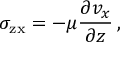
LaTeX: \sigma _ { \mathrm { z x } } = - \mu { \frac { \partial v _ { x } } { \partial z } } \, ,